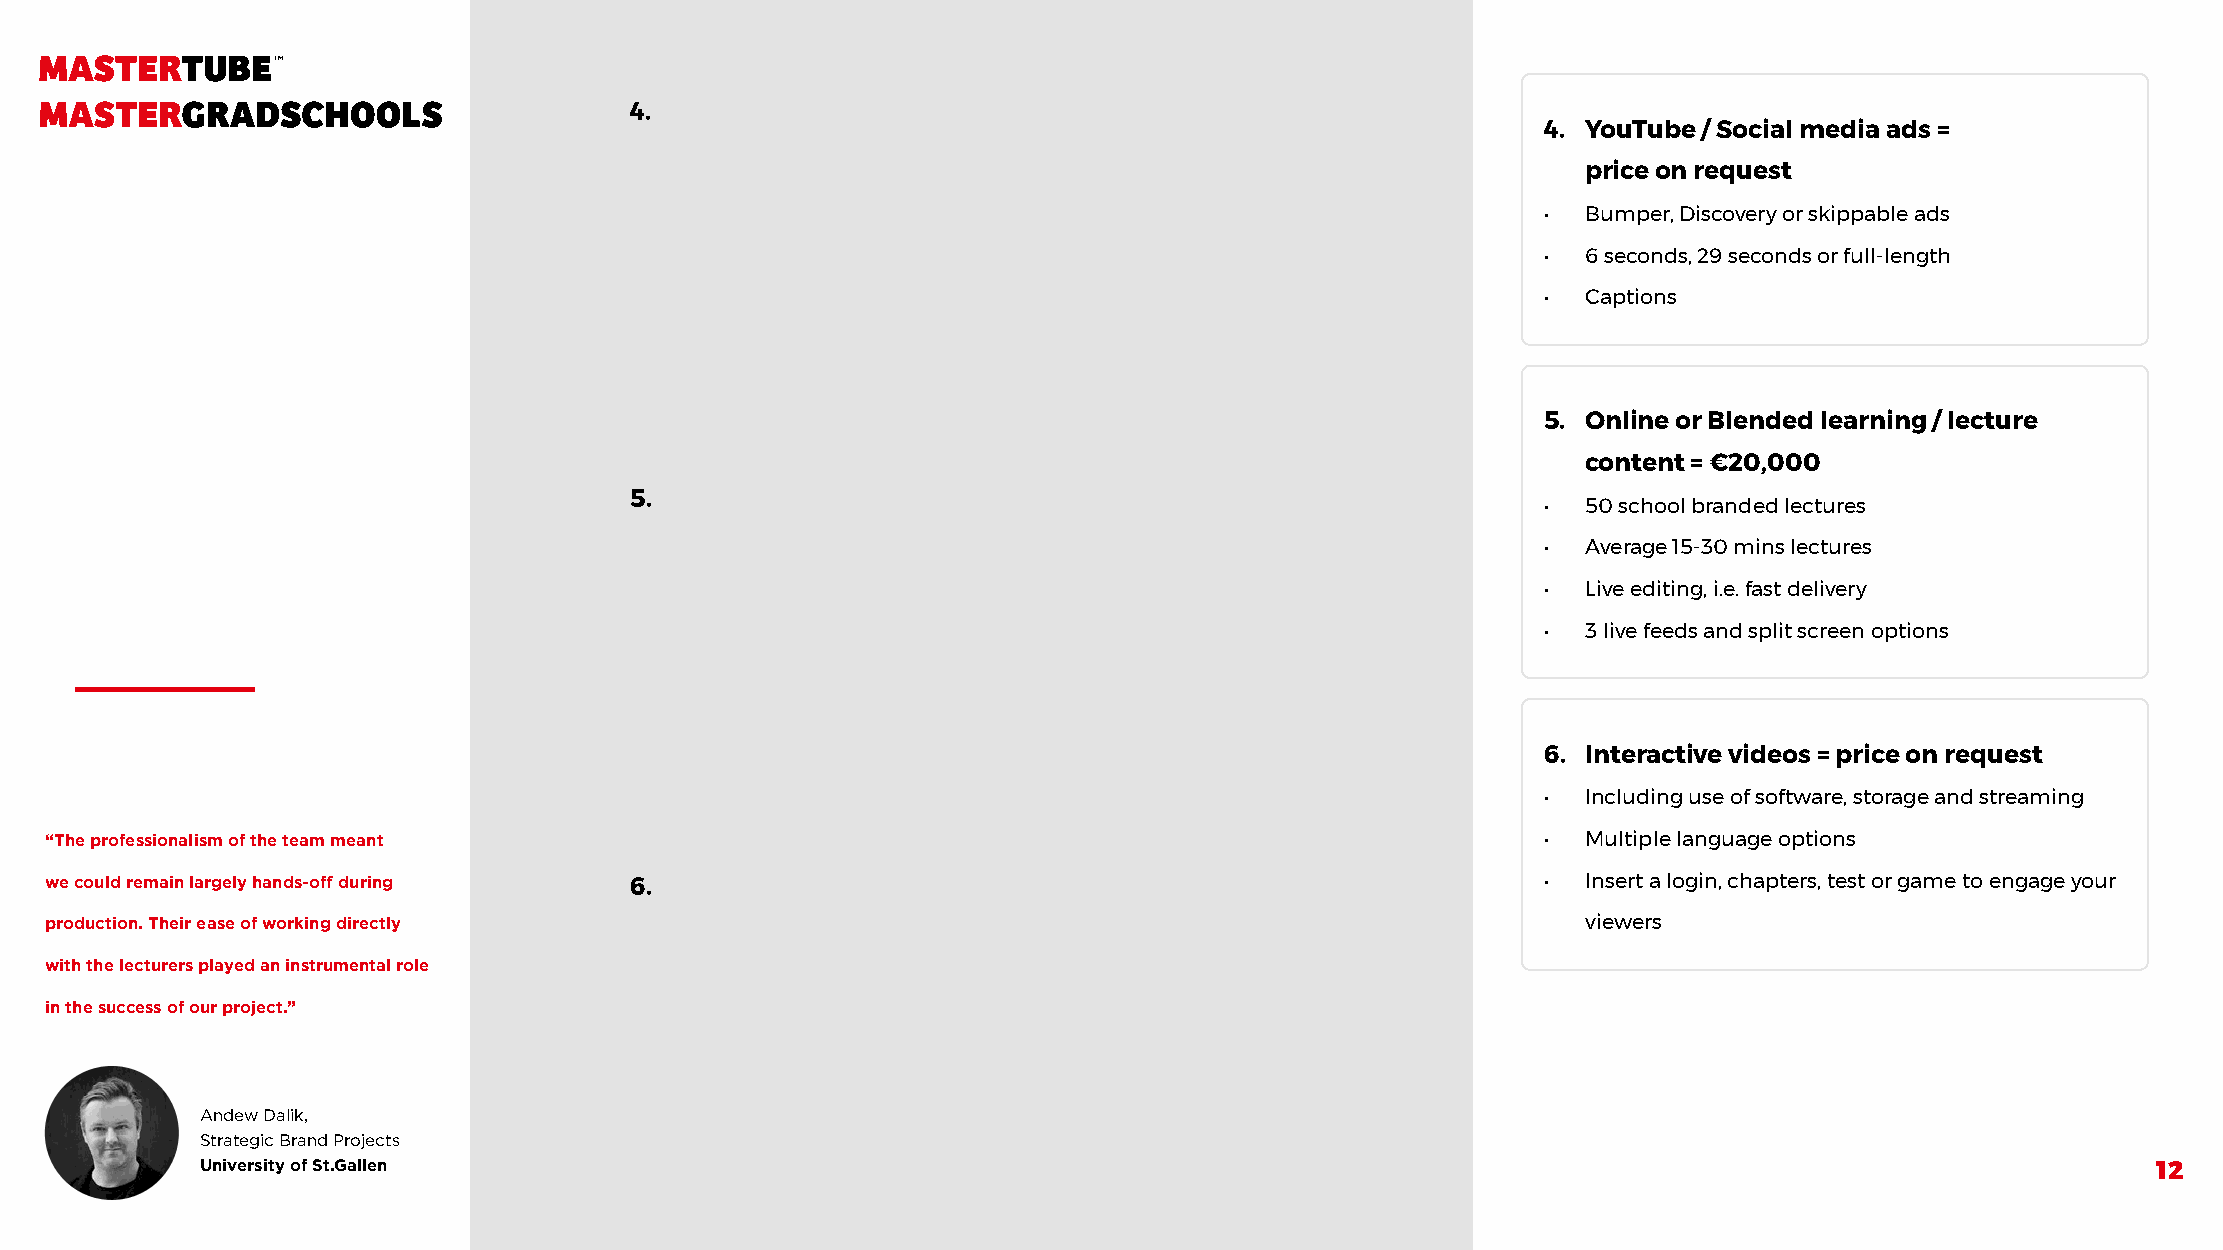
4.
 4. YouTube / Social media ads =
 price on request
 •  Bumper, Discovery or skippable ads
 •  6 seconds, 29 seconds or full-length
 •  Captions
 5. Online or Blended learning / lecture
 content = €20,000
 5.                                                          •  50 school branded lectures
 •  Average 15-30 mins lectures
 •  Live editing, i.e. fast delivery
 •  3 live feeds and split screen options
 6. Interactive videos = price on request
 •  Including use of software, storage and streaming
 “The professionalism of the team meant                                                             •  Multiple language options
 we could remain largely hands-off during 6.                                                        •  Insert a login, chapters, test or game to engage your
 production. Their ease of working directly                                                            viewers
 with the lecturers played an instrumental role
 in the success of our project.”
 Andew Dalik,
 Strategic Brand Projects
 University of St.Gallen
 12